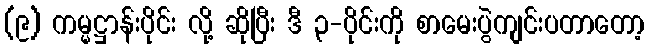
(၉) ကမ္မဋ္ဌာန်းပိုင်း လို့ ဆိုပြီး ဒီ ၃-ပိုင်းကို စာမေးပွဲကျင်းပတာတော့